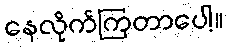
နေလိုက်ကြတာပေါ့။